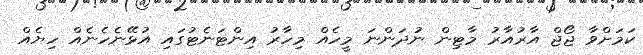
ކަމަށްވާ ޖޯޖް އާރުއާރު މާޓިން ނުދަންނަ މީހެއް މިހާރު އިންޓަނެޓުގައި އުޅޭނެހެނެއް ހިޔެއް